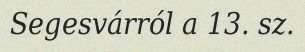
Segesvárról a 13. sz.